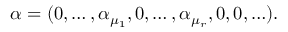
\alpha = ( 0 , \ldots , \alpha _ { \mu _ { 1 } } , 0 , \ldots , \alpha _ { \mu _ { r } } , 0 , 0 , \ldots ) .